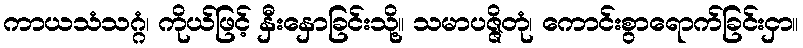
ကာယသံသဂ္ဂံ၊ ကိုယ်ဖြင့် နှီးနှောခြင်းသို့။ သမာပဇ္ဇိတုံ၊ ကောင်းစွာရောက်ခြင်းငှာ။